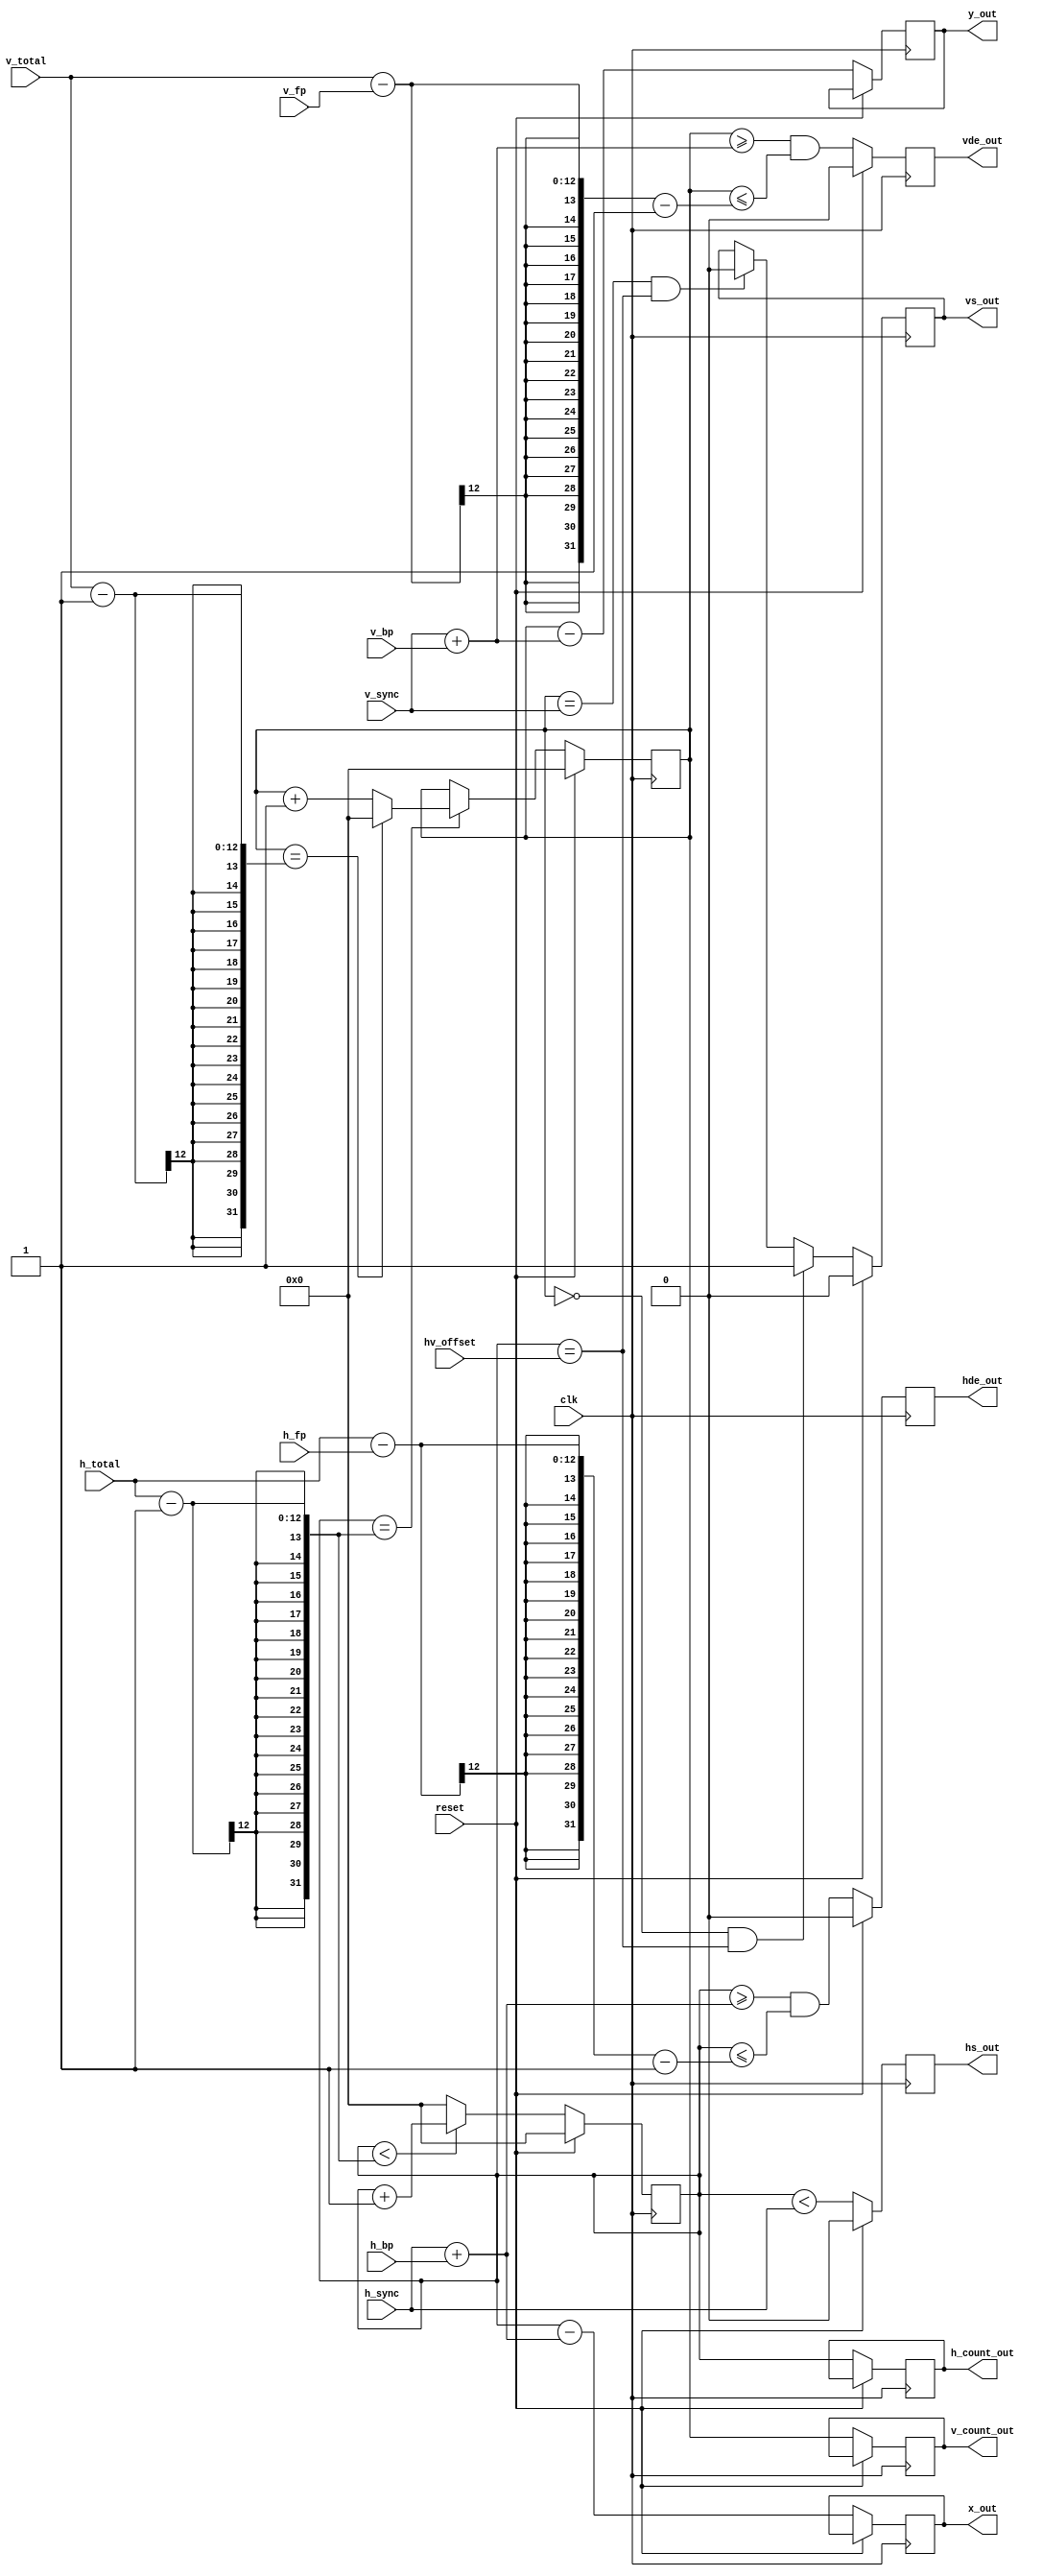
// This program was cloned from: https://github.com/furrtek/Neogeo_MiSTer_old
// License: GNU General Public License v2.0

module sync_vg
#(
	parameter X_BITS=12, Y_BITS=12
)
(
	input wire clk,
	input wire reset,

	input wire [Y_BITS-1:0] v_total,
	input wire [Y_BITS-1:0] v_fp,
	input wire [Y_BITS-1:0] v_bp,
	input wire [Y_BITS-1:0] v_sync,
	input wire [X_BITS-1:0] h_total,
	input wire [X_BITS-1:0] h_fp,
	input wire [X_BITS-1:0] h_bp,
	input wire [X_BITS-1:0] h_sync,
	input wire [X_BITS-1:0] hv_offset,

	output reg vs_out,
	output reg hs_out,
	output reg hde_out,
	output reg vde_out,
	output reg [Y_BITS-1:0] v_count_out,
	output reg [X_BITS-1:0] h_count_out,
	output reg [X_BITS-1:0] x_out,
	output reg [Y_BITS-1:0] y_out
);

reg [X_BITS-1:0] h_count;
reg [Y_BITS-1:0] v_count;

/* horizontal counter */
always @(posedge clk)
	if (reset)
		h_count <= 0;
	else
	if (h_count < h_total - 1)
		h_count <= h_count + 1'd1;
	else
		h_count <= 0;
		
/* vertical counter */
always @(posedge clk)
	if (reset)
		v_count <= 0;
	else
	if (h_count == h_total - 1)
	begin
		if (v_count == v_total - 1)
			v_count <= 0;
		else
			v_count <= v_count + 1'd1;
	end

always @(posedge clk)
	if (reset)
		{ vs_out, hs_out, hde_out, vde_out } <= 0;
	else begin
		hs_out <= ((h_count < h_sync));

		hde_out <= (h_count >= h_sync + h_bp) && (h_count <= h_total - h_fp - 1);
		vde_out <= (v_count >= v_sync + v_bp) && (v_count <= v_total - v_fp - 1);

		if ((v_count == 0) && (h_count == hv_offset))
			vs_out <= 1'b1;
		else if ((v_count == v_sync) && (h_count == hv_offset))
			vs_out <= 1'b0;

		/* H_COUNT_OUT and V_COUNT_OUT */
		h_count_out <= h_count;
		v_count_out <= v_count;

		/* X and Y coords for a backend pattern generator */
		x_out <= h_count - (h_sync + h_bp);
		y_out <= v_count - (v_sync + v_bp);
	end

endmodule